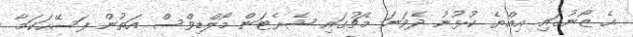
އެ ޒޯނުގައި އިއްޔެ ކުޅުނު ދެވަނަ މެޗުގައި ޝެރެޓަން މޯލްޑިވްސް އަތުން ފަސޭހަކަމާ